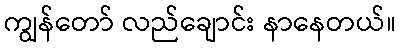
ကျွန်တော် လည်ချောင်း နာနေတယ်။